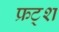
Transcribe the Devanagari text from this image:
फ्रट्श